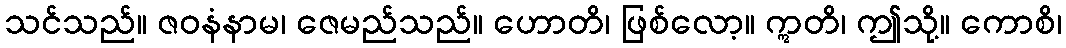
သင်သည်။ ဇဝနံနာမ၊ ဇေမည်သည်။ ဟောတိ၊ ဖြစ်လော့။ ဣတိ၊ ဤသို့။ ကောစိ၊